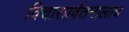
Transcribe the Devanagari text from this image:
विचारप्रर्वतनालाच